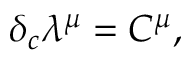
\delta _ { c } \lambda ^ { \mu } = C ^ { \mu } ,